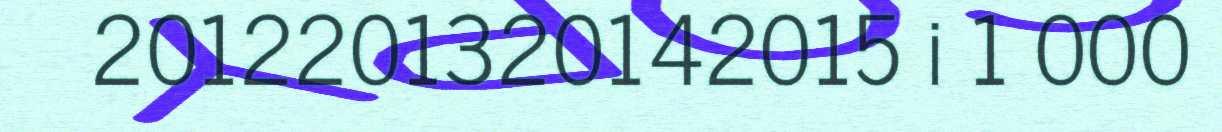
2012201320142015 i 1 000